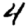
Digit: 4